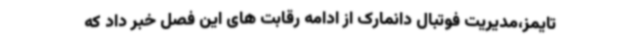
تایمز،مدیریت فوتبال دانمارک از ادامه رقابت های این فصل خبر داد که